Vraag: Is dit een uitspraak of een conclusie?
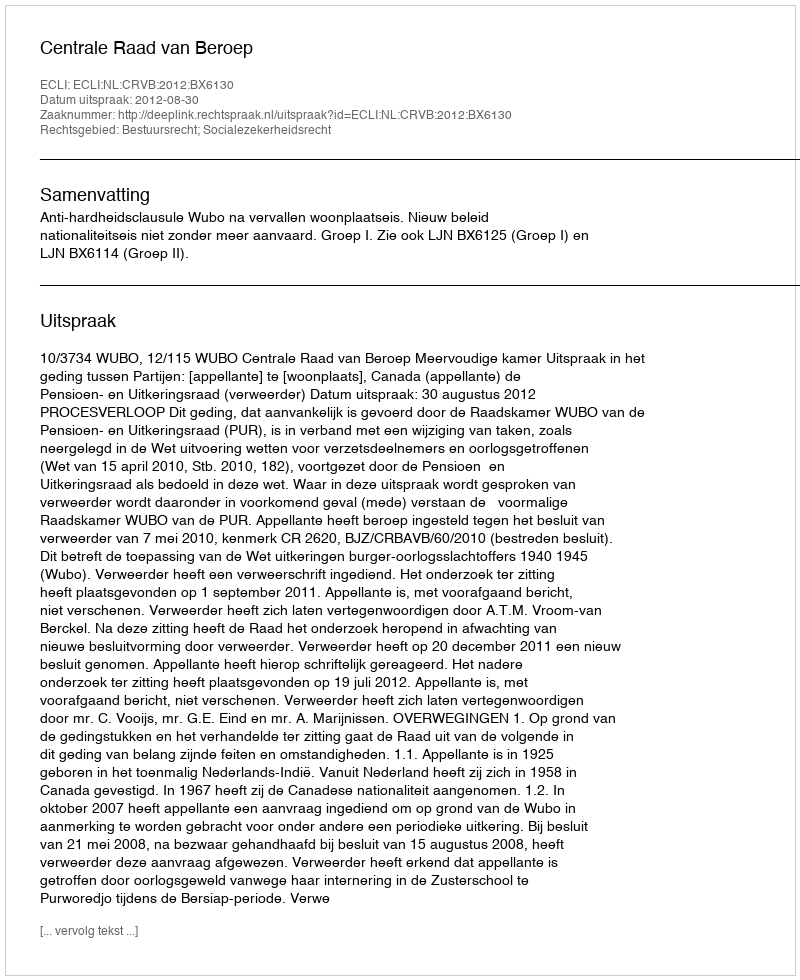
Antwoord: Uitspraak